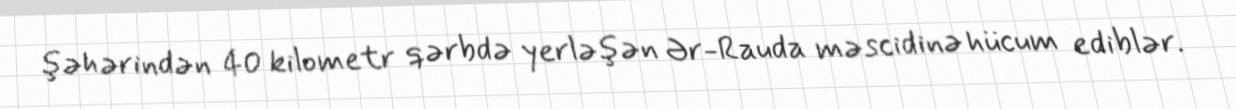
şəhərindən 40 kilometr qərbdə yerləşən Ər-Rauda məscidinə hücum ediblər.